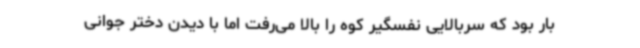
بار بود که سربالایی نفسگیر کوه را بالا می‌رفت اما با دیدن دختر جوانی